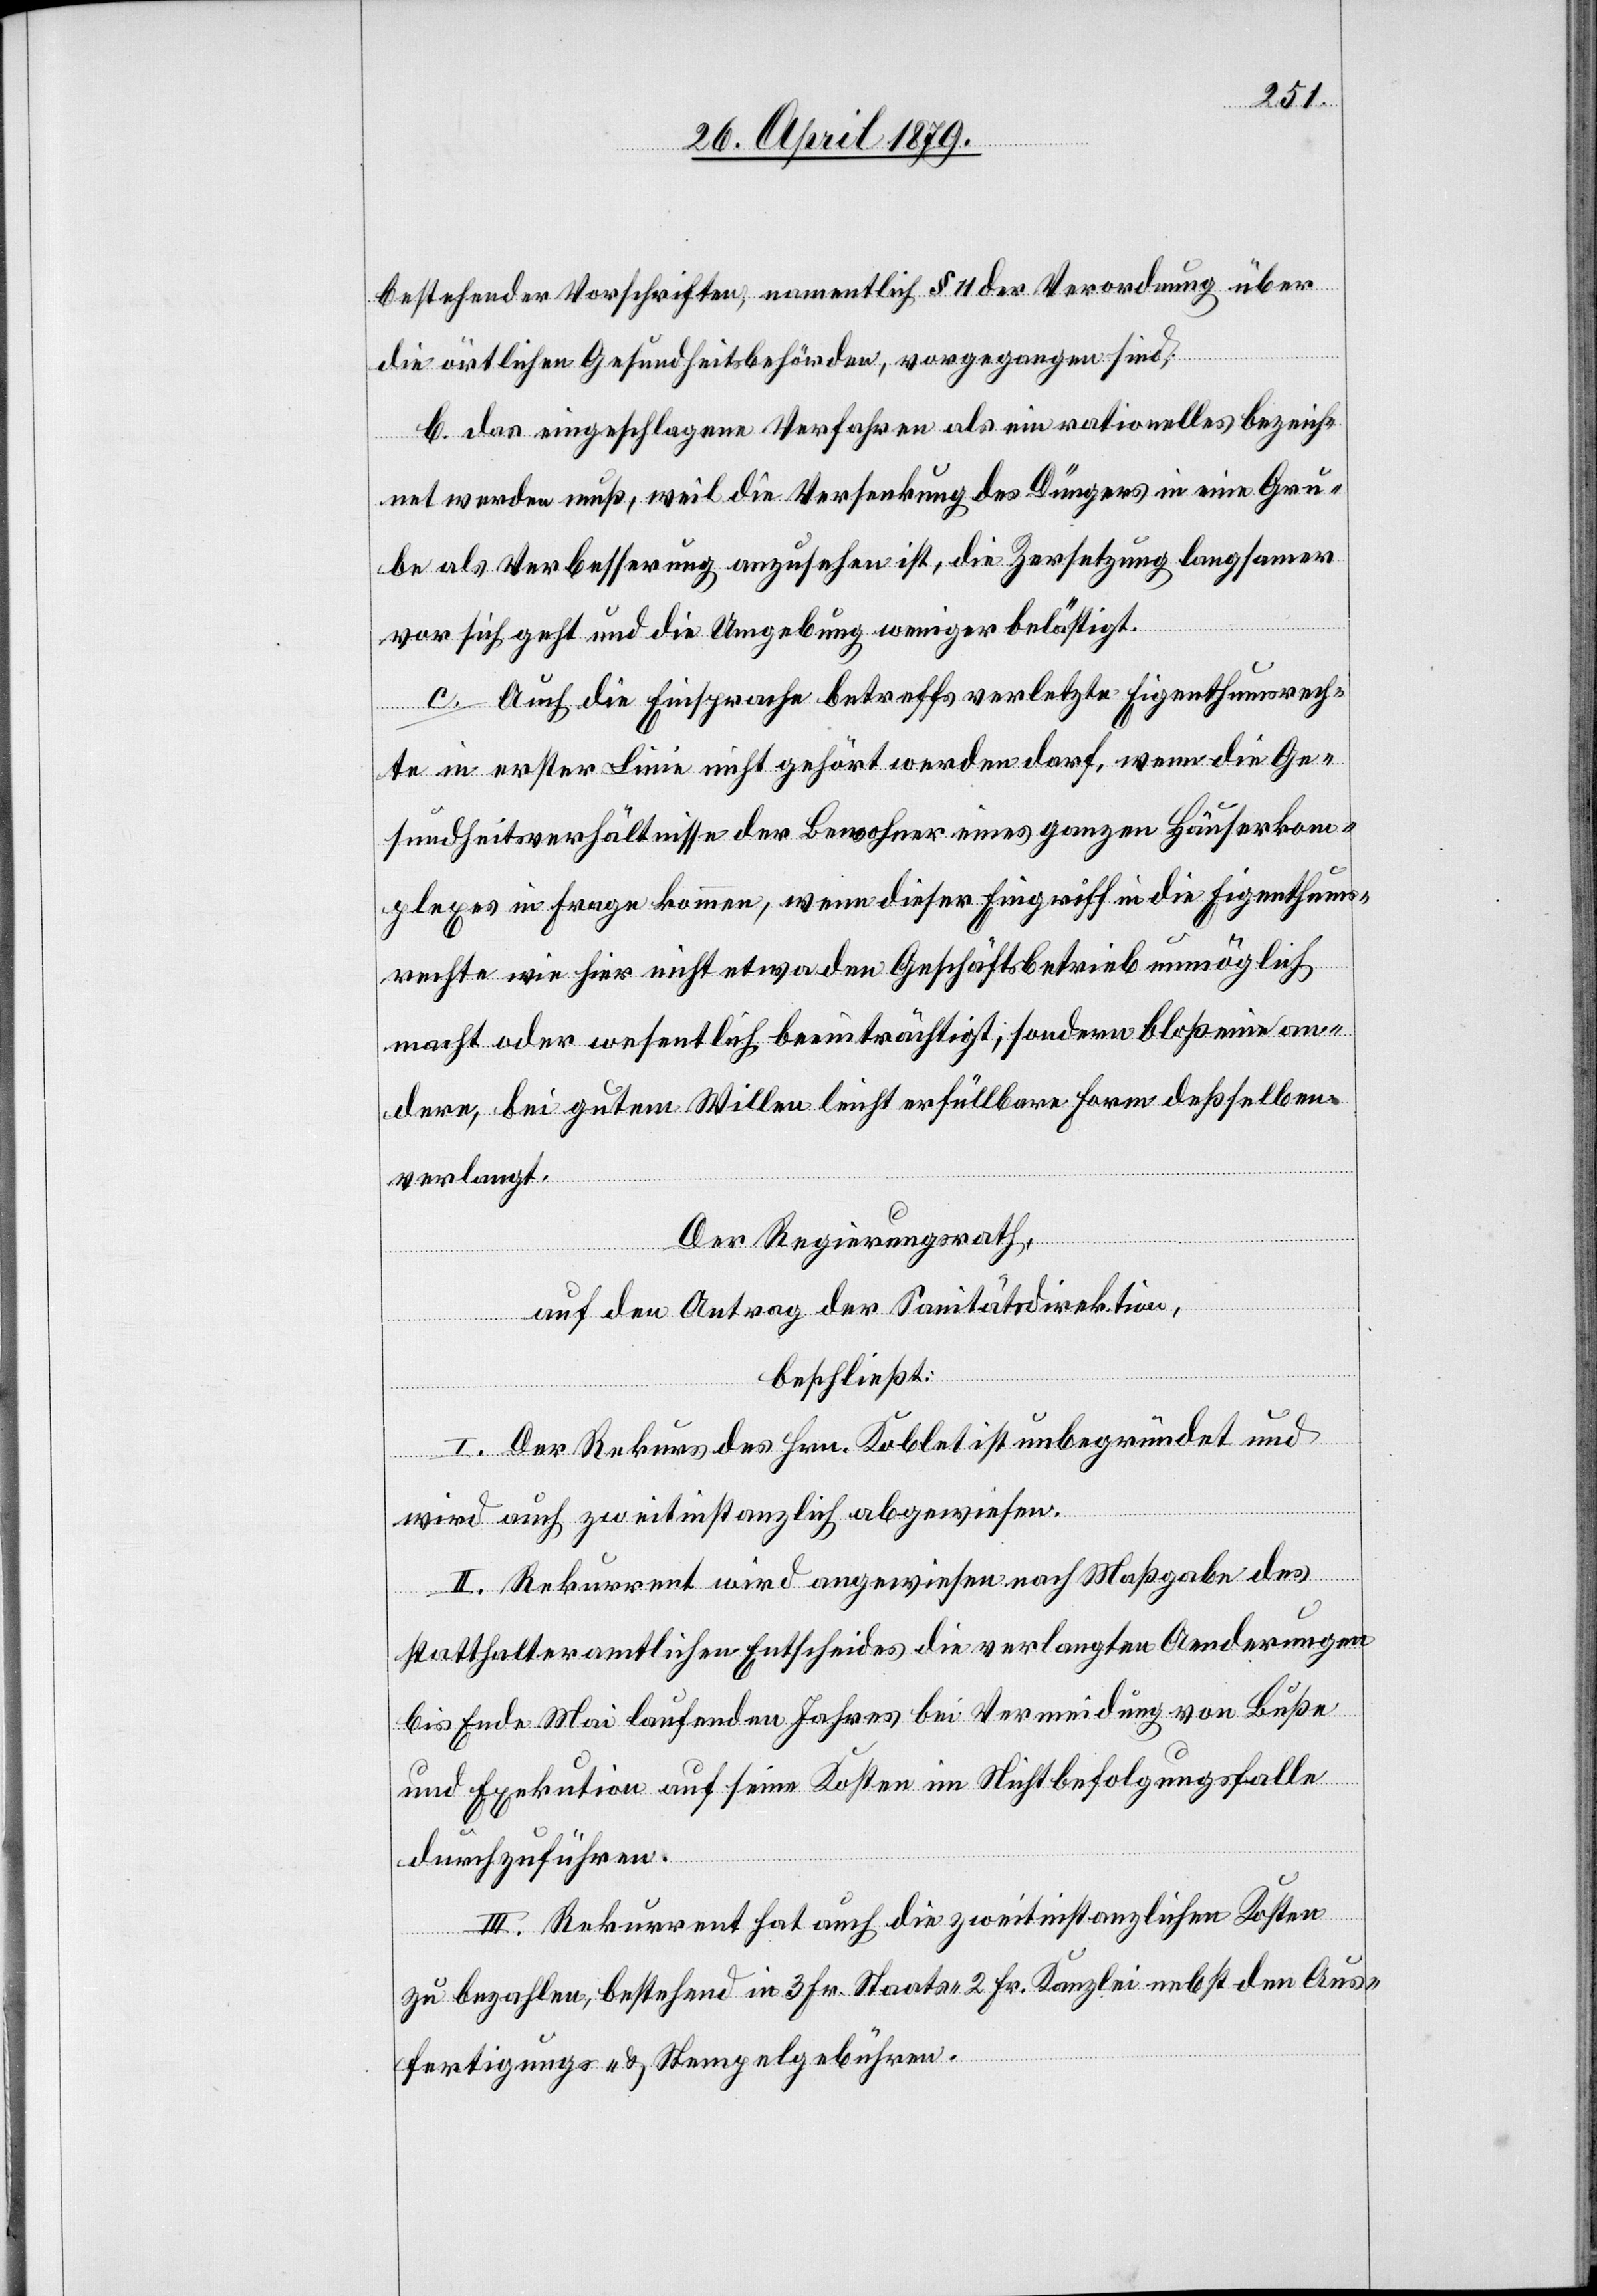
bestehender Vorschriften, namentlich § 11 der Verordnung über
die örtlichen Gesundheitsbehörden, vorgegangen sind;
b. das eingeschlagene Verfahren als ein rationelles bezeich¬
net werden muß, weil die Versenkung des Düngers in eine Gru¬
be als Verbesserung anzusehen ist, die Zersetzung langsamer
vor sich geht und die Umgebung weniger belastet.
ch [sic!] die Einsprache betreffs verletzte Eigenthumsrech¬
te in erster Linie nicht gehört werden darf, wenn die Ge¬
sundheitsverhältnisse der Bewohner eines ganzen Häuserkom¬
plexes in Frage kommen, wenn dieser Eingriff in die Eigenthums¬
rechte wie hier nicht etwa den Geschäftsbetrieb unmöglich
macht oder wesentlich beeinträchtigt, sondern bloß eine an¬
dere, bei gutem Willen leicht erfüllbare Form deßselben
verlangt.
Der Regierungsrath,
Au¬
auf den Antrag der Sanitätsdirektion,
beschließt:
I. Der Rekurs des Hrn. Koblet ist unbegründet und
wird auch zweitinstanzlich abgewiesen.
II. Rekurrent wird angewiesen nach Maßgabe des
statthalteramtlichen Entscheides die verlangten Aenderungen
bis Ende Mai laufenden Jahres bei Vermeidung von Buße
und Exekution auf seine Kosten im Nichtbefolgungsfalle
durchzuführen.
III. Rekurrent hat auch die zweitinstanzlichen Kosten
zu bezahlen, bestehend in 3 Fr. Staats- 2 Fr. Kanzlei nebst den Aus¬
fertigungs- & Stempelgebühren.